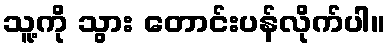
သူ့ကို သွား တောင်းပန်လိုက်ပါ။